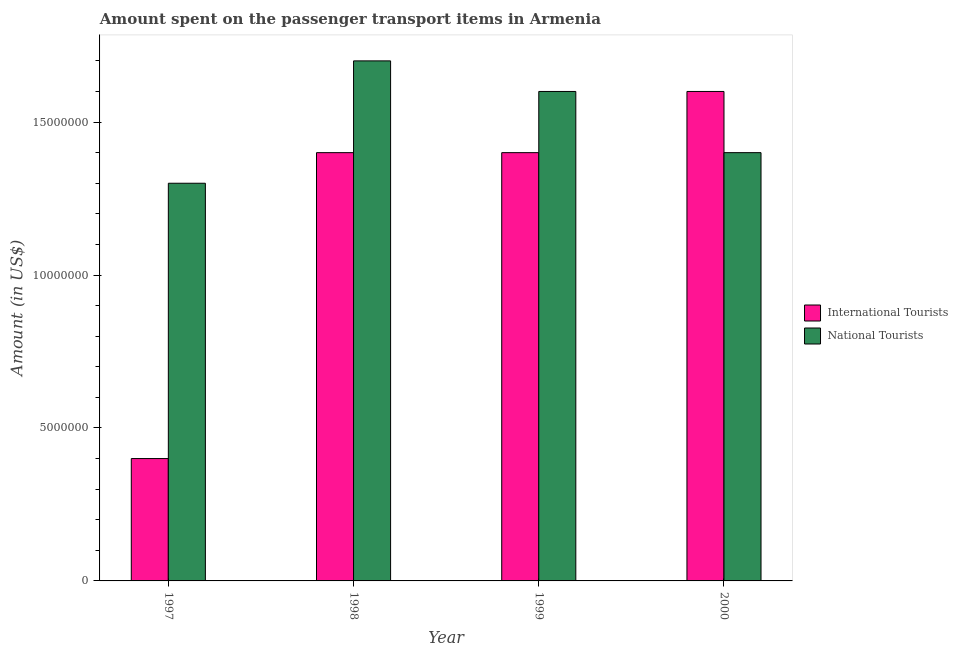
| Year | International Tourists | National Tourists |
 | --- | --- | --- |
 | 1997 | 4e+06 | 1.3e+07 |
 | 1998 | 1.4e+07 | 1.7e+07 |
 | 1999 | 1.4e+07 | 1.6e+07 |
 | 2000 | 1.6e+07 | 1.4e+07 |